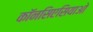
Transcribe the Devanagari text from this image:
कॉनसिएसियाओ